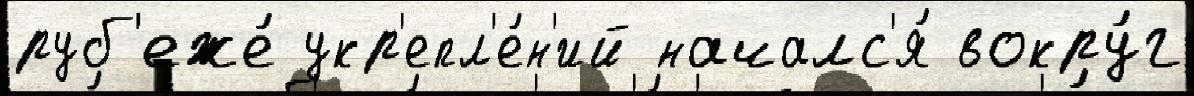
руб'еже́ укр'епл'е́н'ий началс'я́ вокру́г